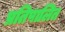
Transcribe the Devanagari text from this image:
प्रतिपालित